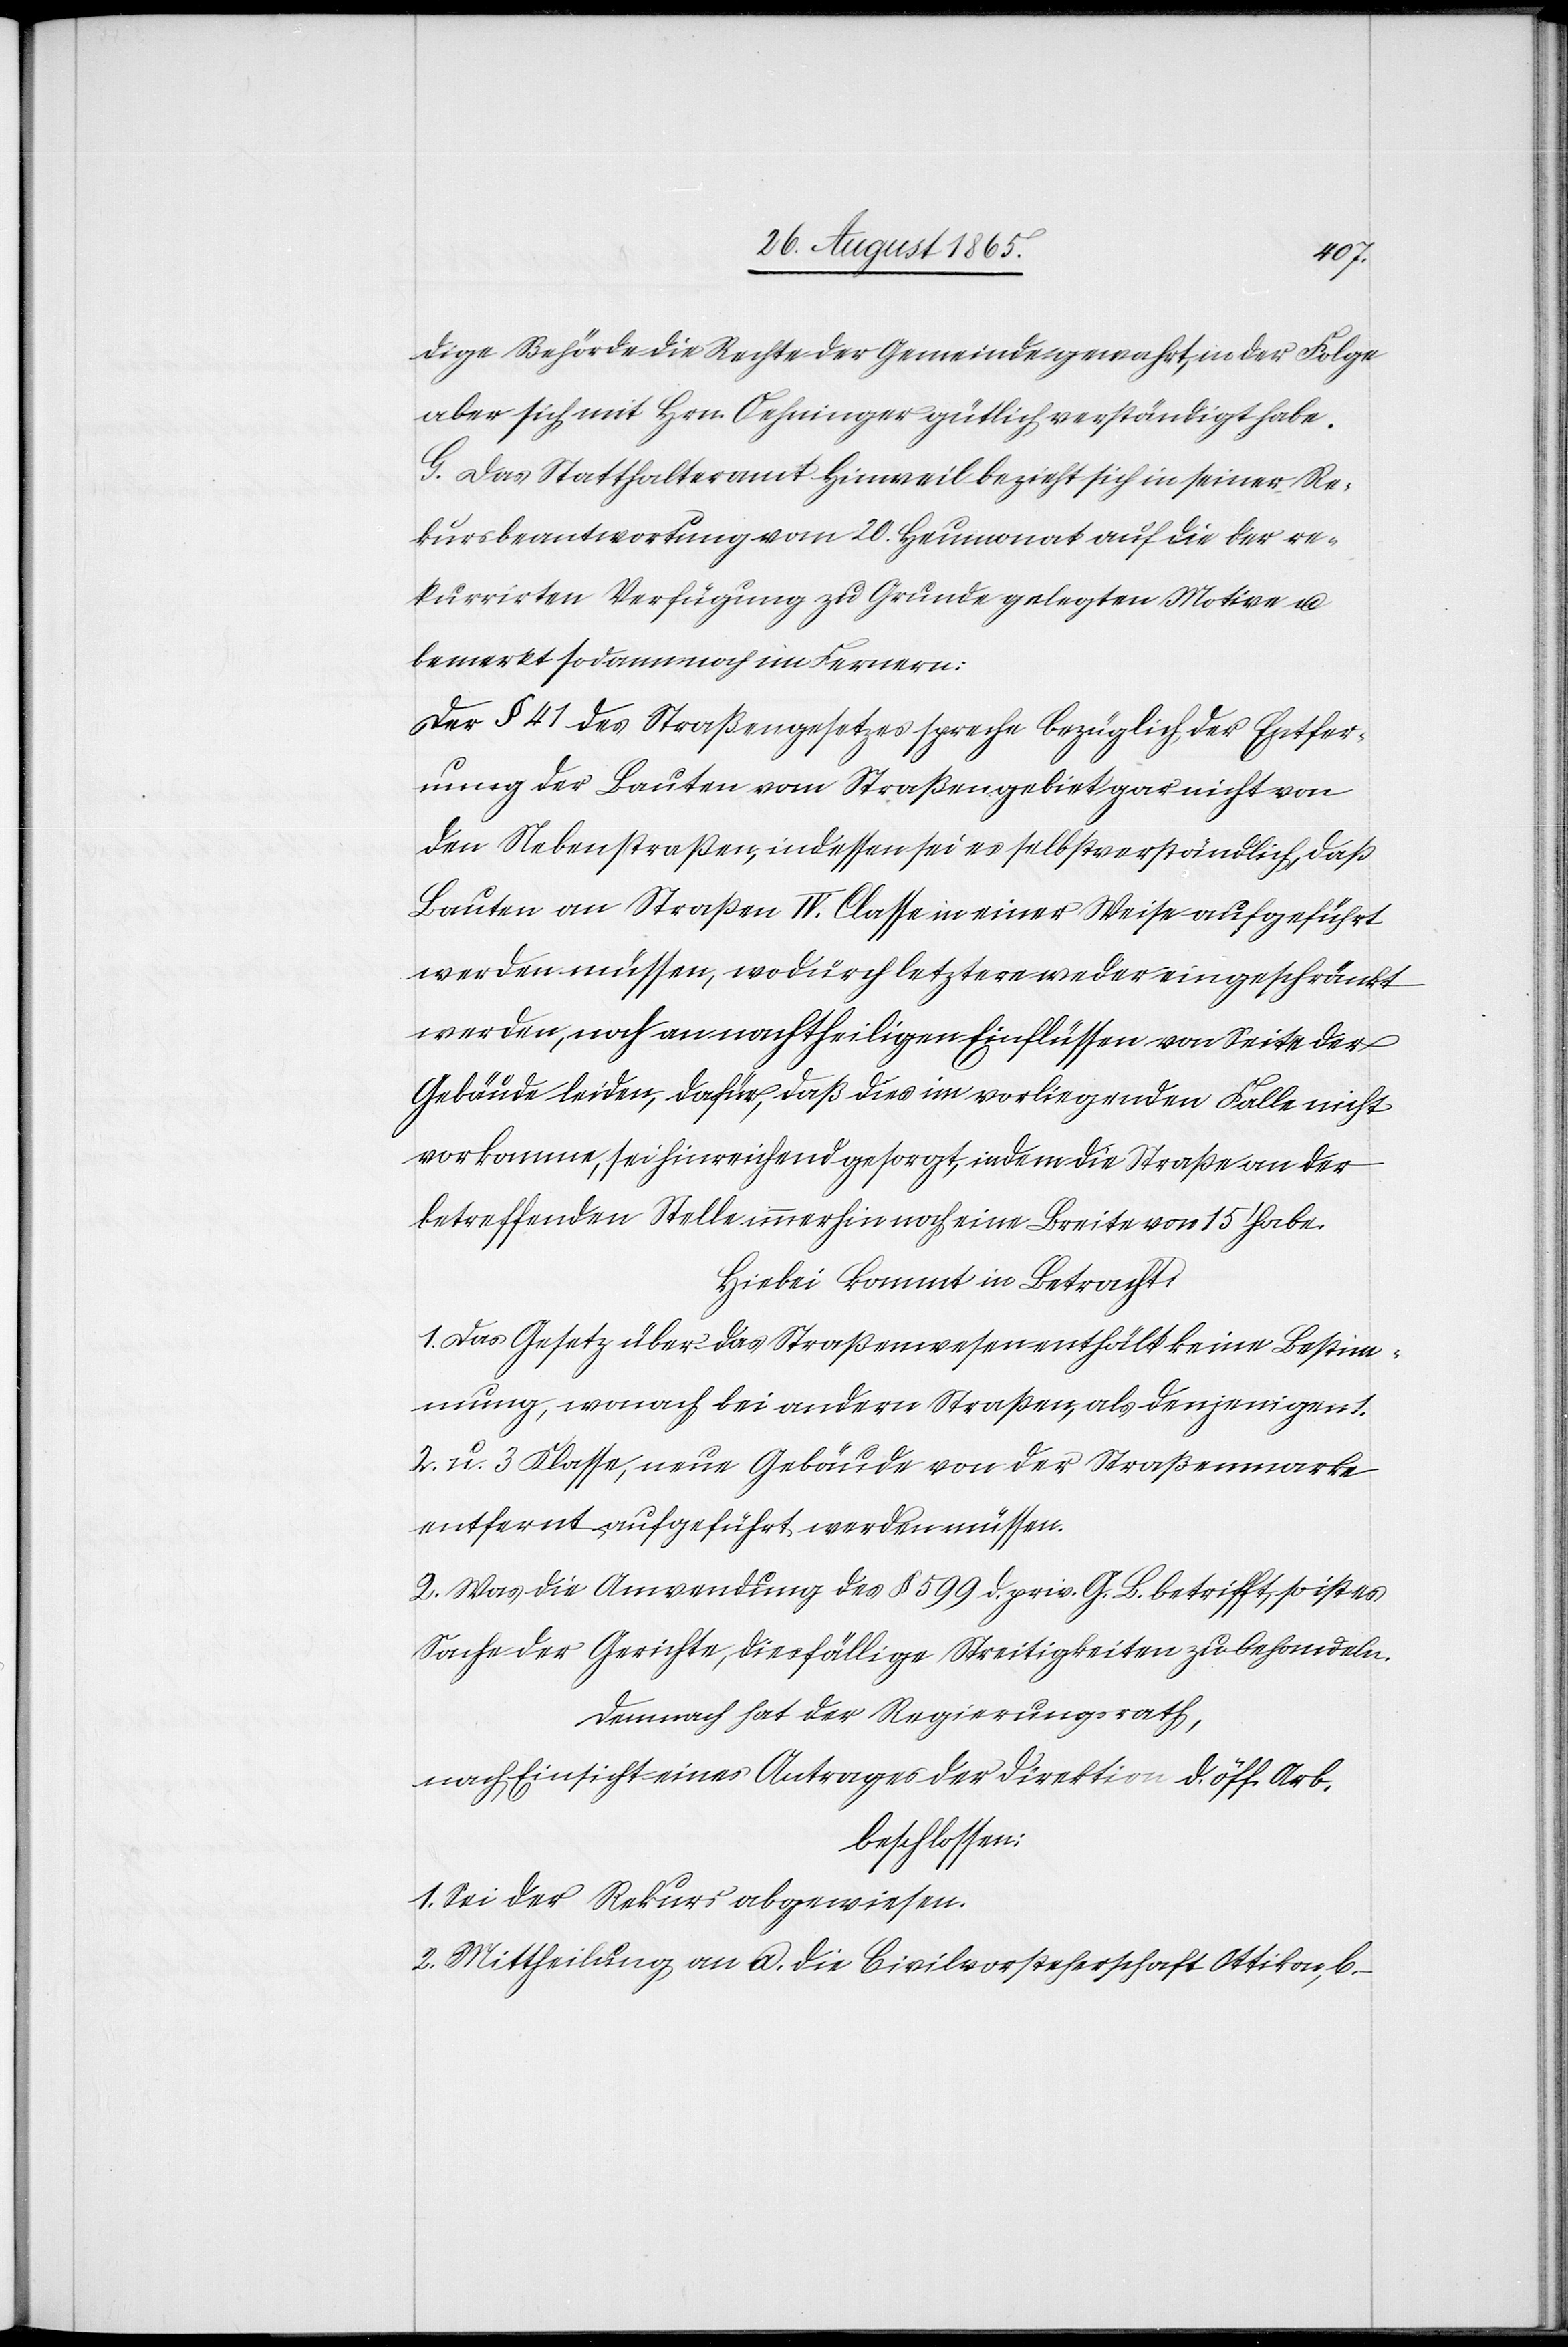
dige Behörde die Rechte der Gemeinde gewahrt, in der Folge
aber sich mit Hrn. Oehninger gütlich verständigt habe.
G. Das Statthalteramt Hinweil bezieht sich in seiner Re¬
kursbeantwortung vom 20. Heumonat auf die der re¬
kurrirten Verfügung zu Grunde gelegten Motive u.
bemerkt sodann noch im Fernern:
Der § 41 des Straßengesetzes spreche bezüglich der Entfer¬
nung der Bauten vom Straßengebiet gar nicht von
den Nebenstraßen, indessen sei es selbstverständlich, daß
Bauten an Straßen IV. Classe in einer Weise aufgeführt
werden müssen, wodurch letztere weder eingeschränkt
werden, noch an nachtheiligen Einflüssen von Seite der
Gebäude leiden, dafür, daß dies im vorliegenden Falle nicht
vorkomme, sei hinreichend gesorgt, indem die Straße an der
betreffenden Stelle immerhin noch eine Breite von 15’ habe.
Hiebei kommt in Betracht:
1. Das Gesetz über das Straßenwesen enthält keine Bestimm¬
ung, wonach bei andern Straßen, als denjenigen
2. u. 3. Klasse, neue Gebäude von der Straßenmarke
entfernt aufgeführt werden müssen.
2. Was die Anwendung des § 599 d. priv. G. B. betrifft, so ist es
Sache der Gerichte, diesfällige Streitigkeiten zu behandeln.
Demnach hat der Regierungsrath,
nach Einsicht eines Antrages der Direktion d. öff. Arb.
beschlossen:
1. Sei der Rekurs abgewiesen.
2. Mittheilung an a. die Civilvorsteherschaft Ottikon, b.